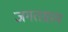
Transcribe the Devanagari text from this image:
जगतग्राम